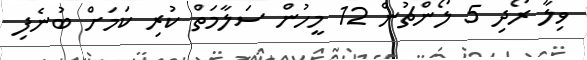
ވިލާ ރޯދި 5 ލޯންޗުން 12 މީހުން ސަލާމަތް ކުރި ކަމަށް ބުނެފި